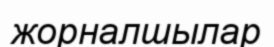
жорналшылар